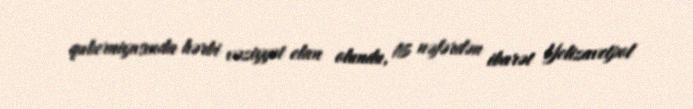
quberniyasında hərbi vəziyyət elan olundu, 16 nəfərdən ibarət Yelizavetpol